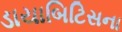
ડાયાબિટિસના